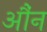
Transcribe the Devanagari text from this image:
औंन